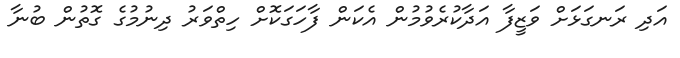
އަދި ރަނގަޅަށް ވަޒީފާ އަދާކުރެވުމުން އެކަން ފާހަގަކޮށް ހިތްވަރު ދިނުމުގެ ގޮތުން ބުނާ